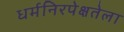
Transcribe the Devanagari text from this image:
धर्मनिरपेक्षतेला